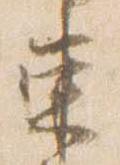
東